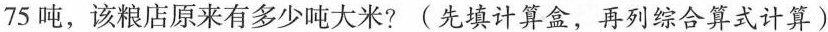
75吨，该粮店原来有多少吨大米?(先填计算盒，再列综合算式计算)